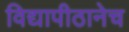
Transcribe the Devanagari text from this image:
विद्यापीठानेच